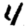
Digit: 4